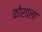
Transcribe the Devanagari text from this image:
कोशाला